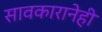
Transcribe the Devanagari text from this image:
सावकारानेही